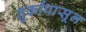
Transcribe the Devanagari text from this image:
तुर्कांपासून